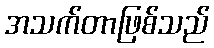
အသက်တာဖြစ်သည်